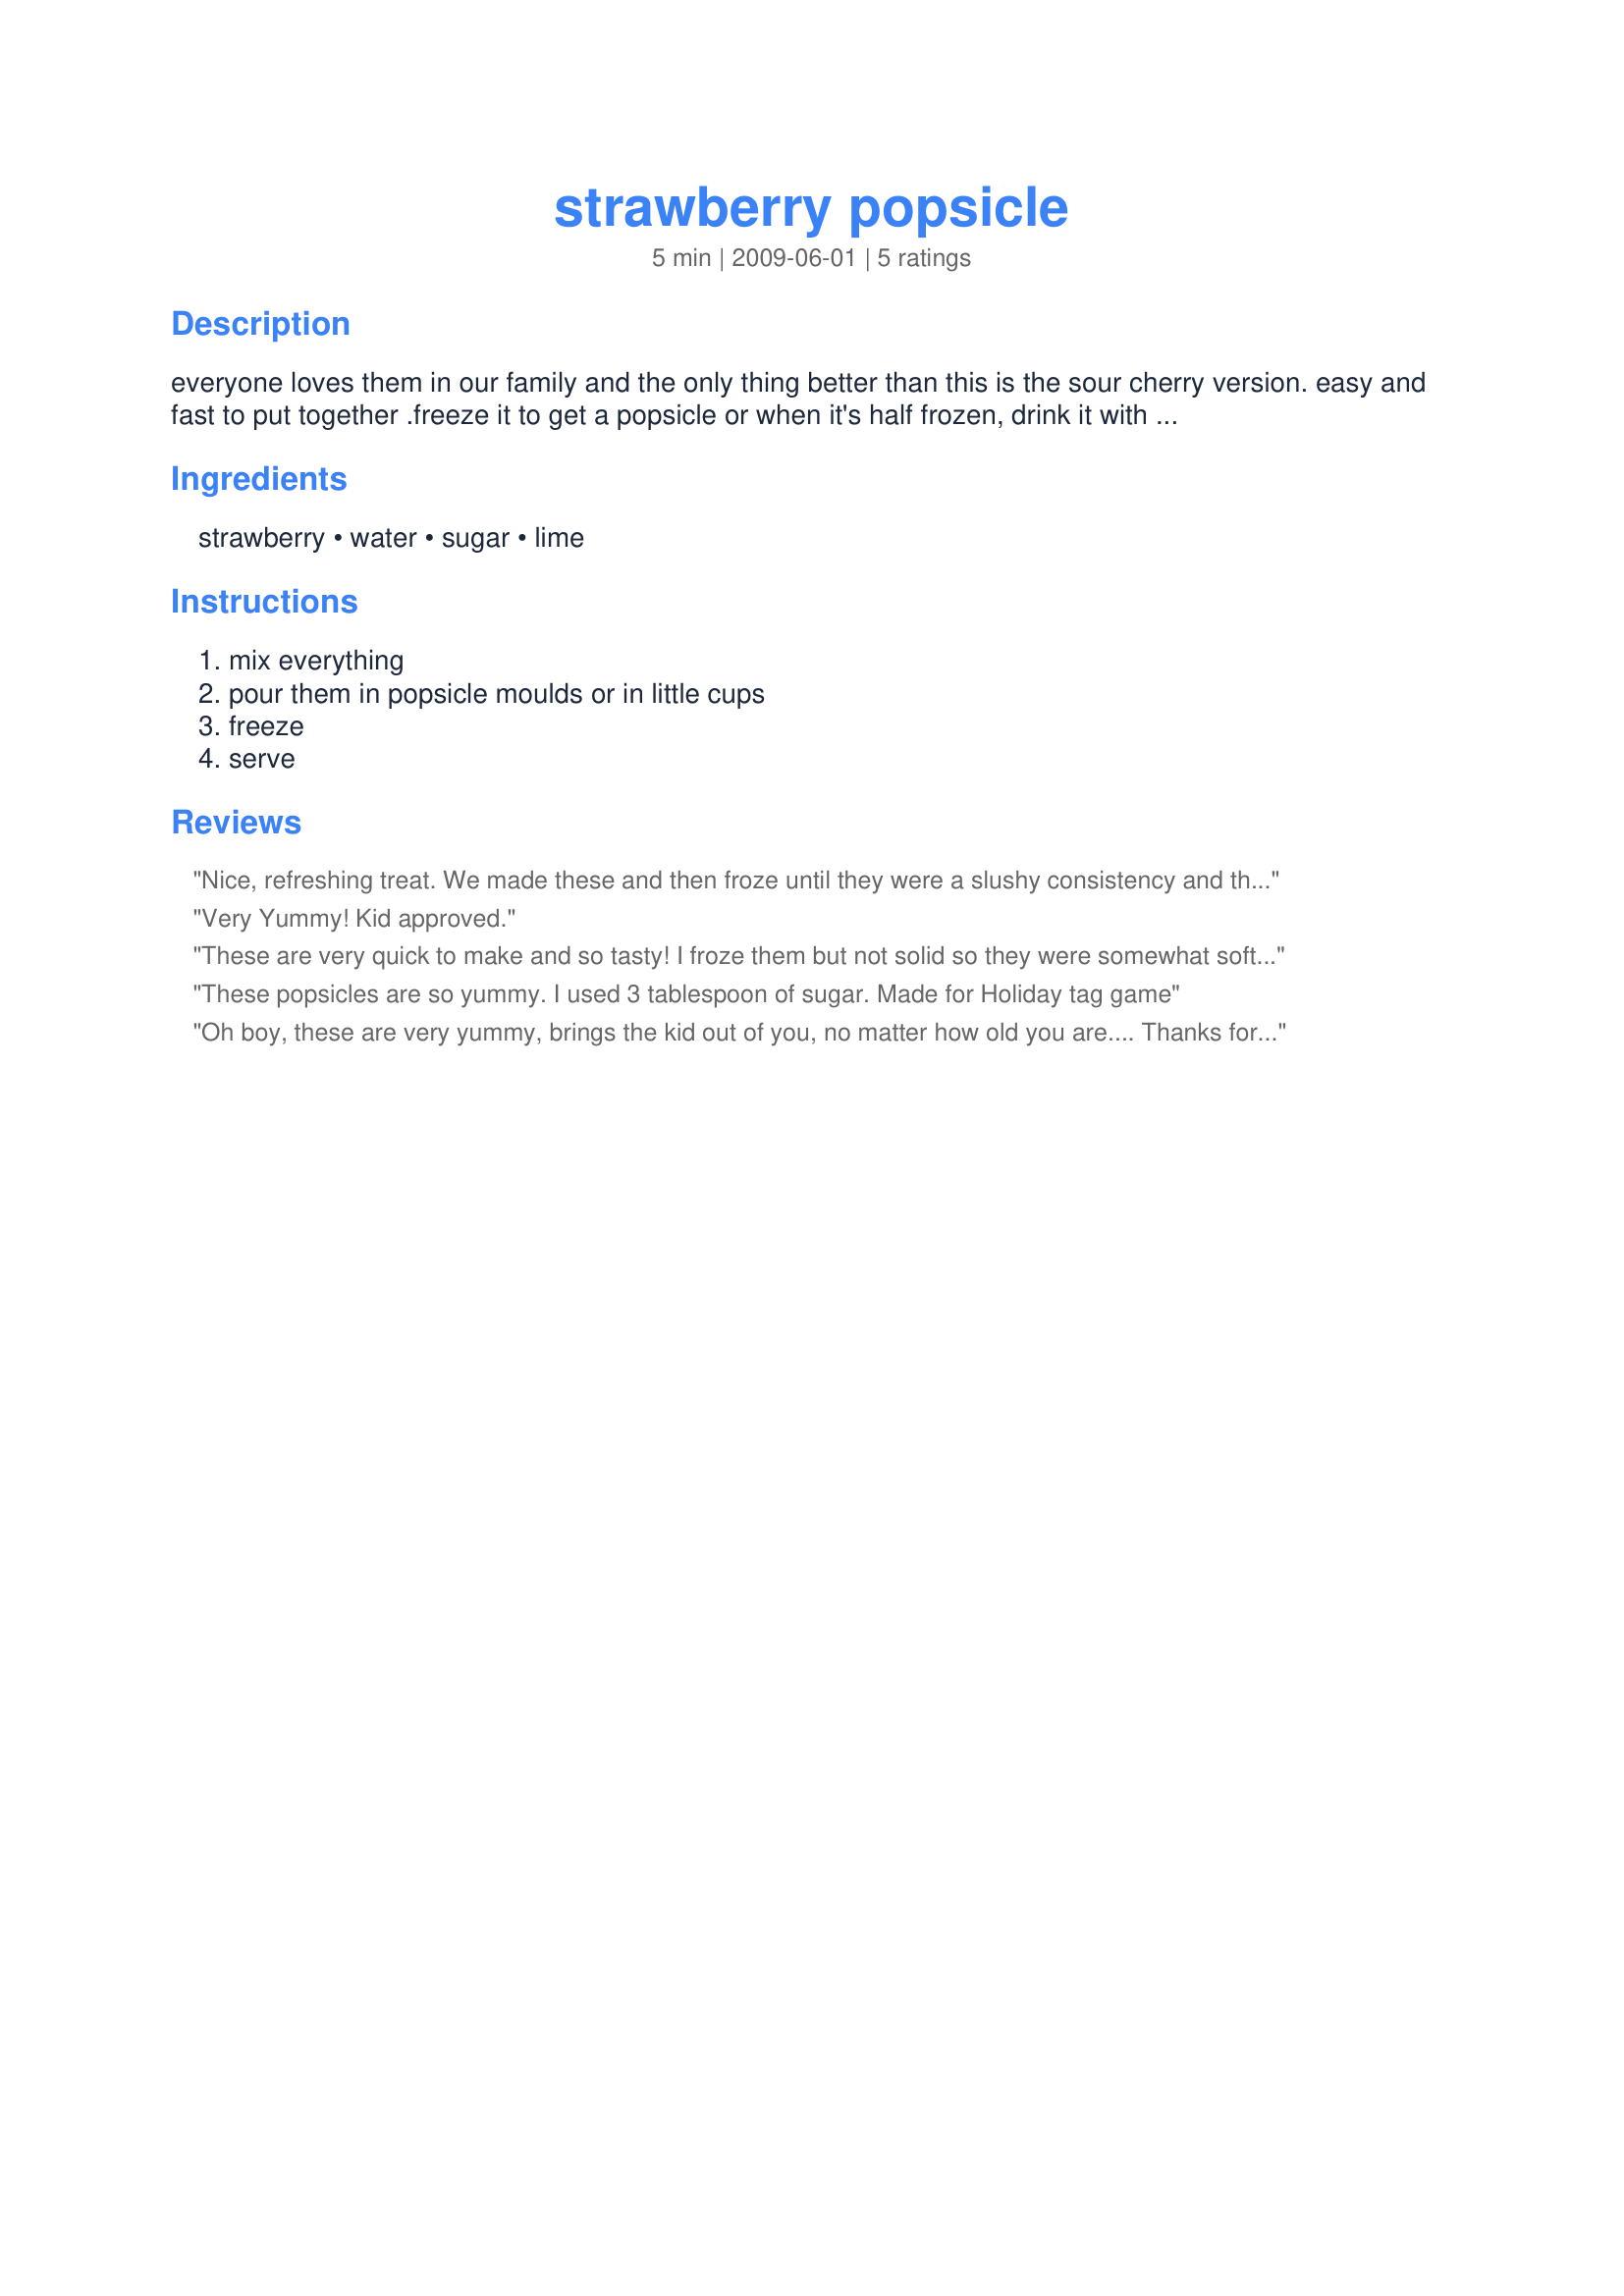
strawberry popsicle
Preparation time: 5 minutes

everyone loves them in our family and the only thing better than this is the sour cherry version. easy and fast to put together .freeze it to get a popsicle or when it's half frozen, drink it with a straw. i'm not sure how many it makes, it depends on the size or the popsicle moulds. the amount of sugar and lime can be increased or decreased.

Ingredients:
strawberry, water, sugar, lime

Steps:
mix everything, pour them in popsicle moulds or in little cups, freeze, serve

Reviews:
Nice, refreshing treat. We made these and then froze until they were a slushy consistency and then drank them like slushies. Made for ZWT 6.
Very Yummy! Kid approved.
These are very quick to make and so tasty! I froze them but not solid so they were somewhat soft like the fruit bars you get at games. The strawberries were not overpowered by the sugar and the lime juice brought out the strawberry perfectly. Will be making these after we go strawberry picking, there are always tone left that we don't know what to do with. Made for ZWT6 Scandinavia.
These popsicles are so yummy. I used 3 tablespoon of sugar. Made for Holiday tag game
Oh boy, these are very yummy, brings the kid out of you, no matter how old you are....
Thanks for sharing this tasty recipe littlemafia :) Will make again.
